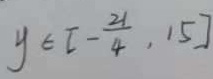
y \in [ - \frac { 2 1 } { 4 } , 1 5 ]